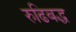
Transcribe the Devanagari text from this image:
रुढिबद्ध